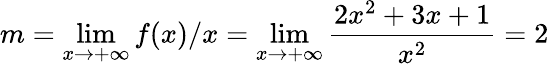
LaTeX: m=\operatorname*{lim}_{x\rightarrow+\infty}f(x)/x=\operatorname*{lim}_{x\rightarrow+\infty}{\frac{2x^{2}+3x+1}{x^{2}}}=2